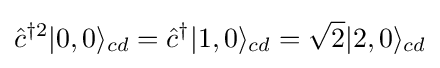
{\hat {c}}^{\dagger 2}|0,0\rangle _{cd}={\hat {c}}^{\dagger }|1,0\rangle _{cd}={\sqrt {2}}|2,0\rangle _{cd}